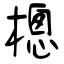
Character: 樬